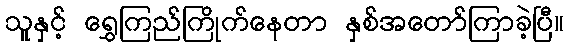
သူနှင့် ရွှေကြည်ကြိုက်နေတာ နှစ်အတော်ကြာခဲ့ပြီ။